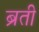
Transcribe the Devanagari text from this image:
ब्रती